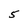
Character: 5